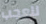
للعجب